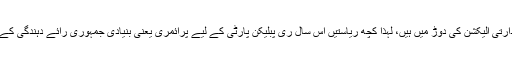
کیونکہ صدر ٹرمپ دوبارہ صدارتی الیکشن کی دوڑ میں ہیں، لہذا کچھ ریاستیں اس سال ری پبلیکن پارٹی کے لیے پرائمری یعنی بنیادی جمہوری رائے دہندگی کے عمل میں حصہ نہیں لے رہیں۔